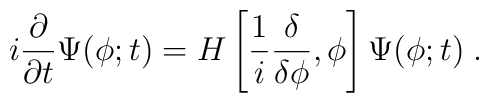
i \frac{\partial}{\partial t} \Psi(\phi; t ) =H \left [  \frac{1}{i} \frac{\delta}{\delta \phi}, \phi \right ] \Psi(\phi; t) \; .